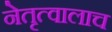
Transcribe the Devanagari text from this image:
नेतृत्वालाच